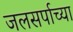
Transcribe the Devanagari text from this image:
जलसर्पाच्या